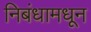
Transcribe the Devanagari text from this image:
निबंधामधून